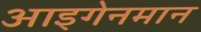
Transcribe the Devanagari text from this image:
आइगेनमान